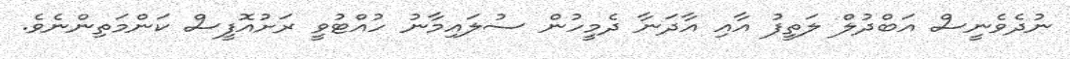
ނުދެވެނީސް އަބްދުލް ލަތީފު އާއި އާދަނާ ދެމީހުން ސުލައިމާނު ހުއްޓުވީ ރަށުއޮފީސް ކަންމަތިންނެވެ.